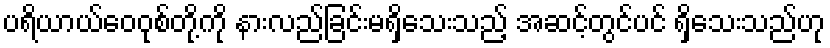
ပရိယာယ်ဝေဝုစ်တို့ကို နားလည်ခြင်းမရှိသေးသည့် အဆင့်တွင်ပင် ရှိသေးသည်ဟု